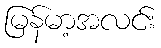
မြန်မာ့အလင်း